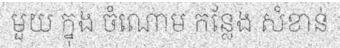
មួយ ក្នុង ចំណោម កន្លែង សំខាន់